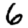
Digit: 6